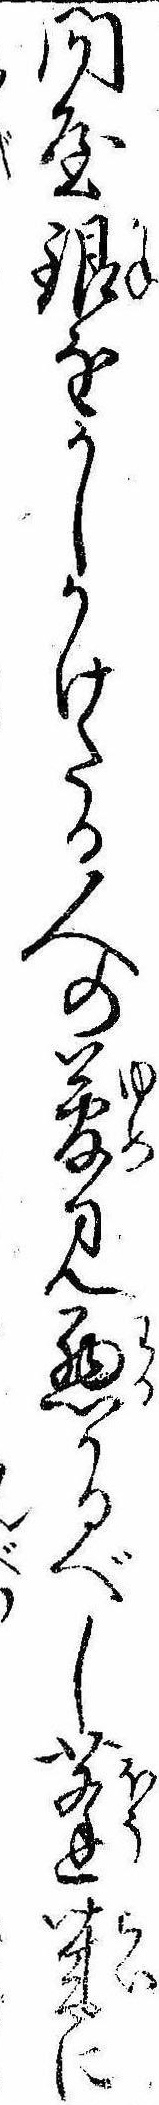
問屋銀をかしかけたる人の夢見悪かるべし蓬莱に